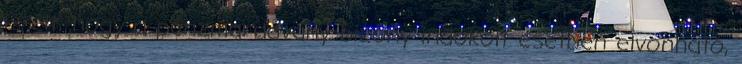
is élt, hogy a pénzmaradvány bizony indokolt esetben elvonható,